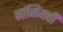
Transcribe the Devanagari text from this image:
नांजिंगची